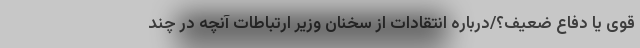
قوی یا دفاع ضعیف؟/درباره انتقادات از سخنان وزیر ارتباطات آنچه در چند